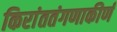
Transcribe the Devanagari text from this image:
किरांततंगणाकीर्ण